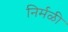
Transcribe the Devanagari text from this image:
निर्मळी